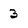
Character: 3